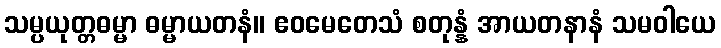
သမ္ပယုတ္တဓမ္မာ ဓမ္မာယတနံ။ ဧဝမေတေသံ စတုန္နံ အာယတနာနံ သမဝါယေ